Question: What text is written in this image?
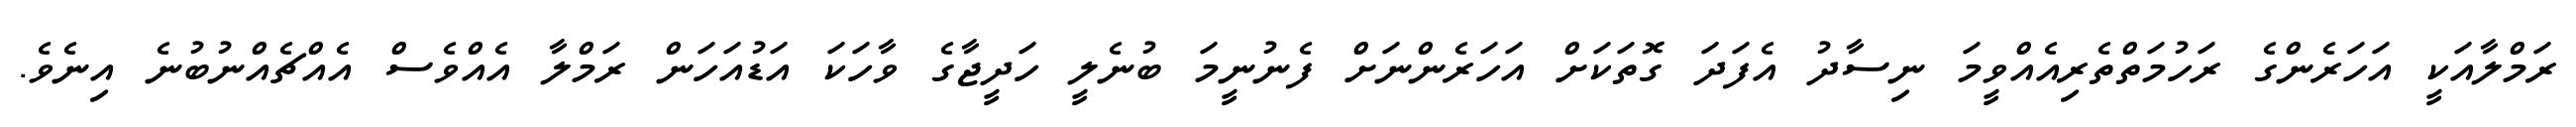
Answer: ރަމްލާއަކީ އަހަރެންގެ ރަހުމަތްތެރިއެއްވީމަ ނިސާދު އެފަދަ ގޮތަކަށް އަހަރެންނަށް ފެނުނީމަ ބުނެލީ ހަދީޖާގެ ވާހަކަ އަޑުއަހަން ރަމްލާ އެއްވެސް އެއްޗެއްނުބުނެ އިނެވެ.